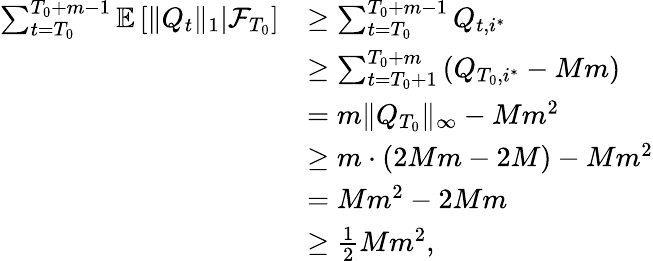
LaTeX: \begin{array}{rl}{\sum_{t=T_{0}}^{T_{0}+m-1}\mathbb E\left[\left.\lVert Q_{t}\rVert_{1}\right\rvert\mathcal F_{T_{0}}\right]}&{\ge\sum_{t=T_{0}}^{T_{0}+m-1}Q_{t,i^{*}}}\\ &{\ge\sum_{t=T_{0}+1}^{T_{0}+m}\left(Q_{T_{0},i^{*}}-Mm\right)}\\ &{=m\lVert Q_{T_{0}}\rVert_{\infty}-Mm^{2}}\\ &{\ge m\cdot(2Mm-2M)-Mm^{2}}\\ &{=Mm^{2}-2Mm}\\ &{\ge\frac 12Mm^{2},}\end{array}